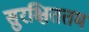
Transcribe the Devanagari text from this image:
सुरक्षिततम